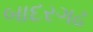
બાદરગઢ